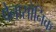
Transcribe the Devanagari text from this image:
पेनासोनिक